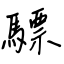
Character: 驃